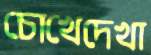
চোখেদেখা